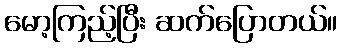
မော့ကြည့်ပြီး ဆက်ပြောတယ်။